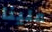
علينا